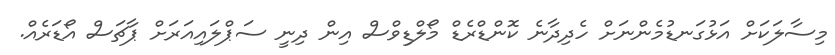
މިސާލަކަށް އަޅުގަނޑުމެންނަށް ހެދިދާނެ ކޮންޑްރެޑް މޯލްޑިވްސް އިން ދިނީ ސަޕްލައިއަރަށް ޕާޗަސް އޯޑަރެއް.